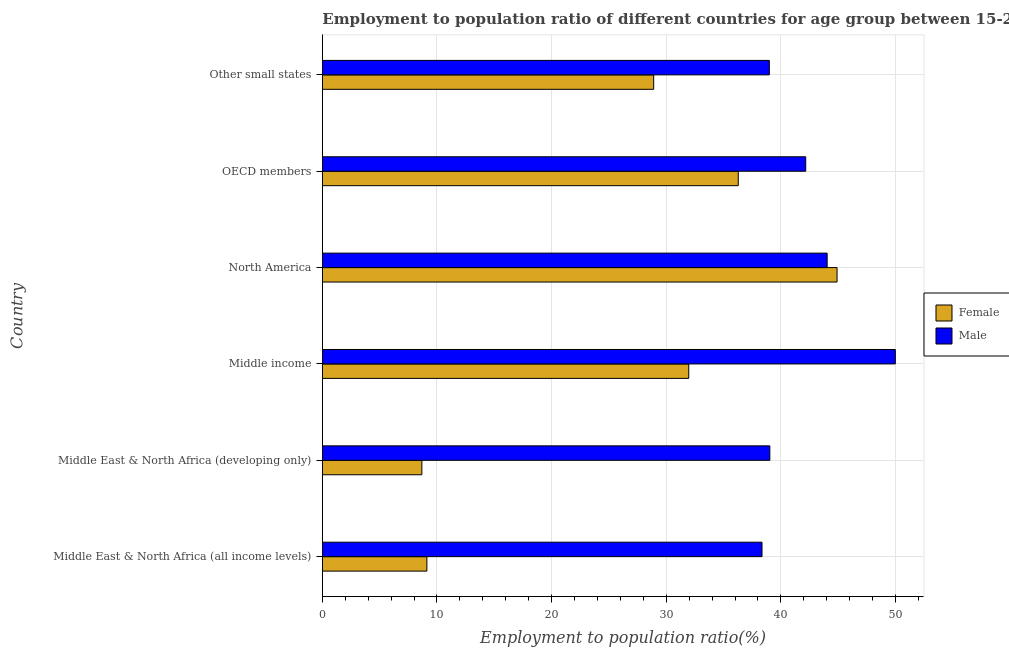
| Country | Female | Male |
 | --- | --- | --- |
 | Middle East & North Africa (all income levels) | 9.12 | 38.4 |
 | Middle East & North Africa (developing only) | 8.68 | 39 |
 | Middle income | 32 | 50 |
 | North America | 44.9 | 44 |
 | OECD members | 36.3 | 42.2 |
 | Other small states | 28.9 | 39 |